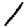
Digit: 1